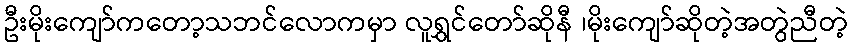
ဦးမိုးကျော်ကတော့သဘင်လောကမှာ လူရွှင်တော်ဆိုနီ ၊မိုးကျော်ဆိုတဲ့အတွဲညီတဲ့